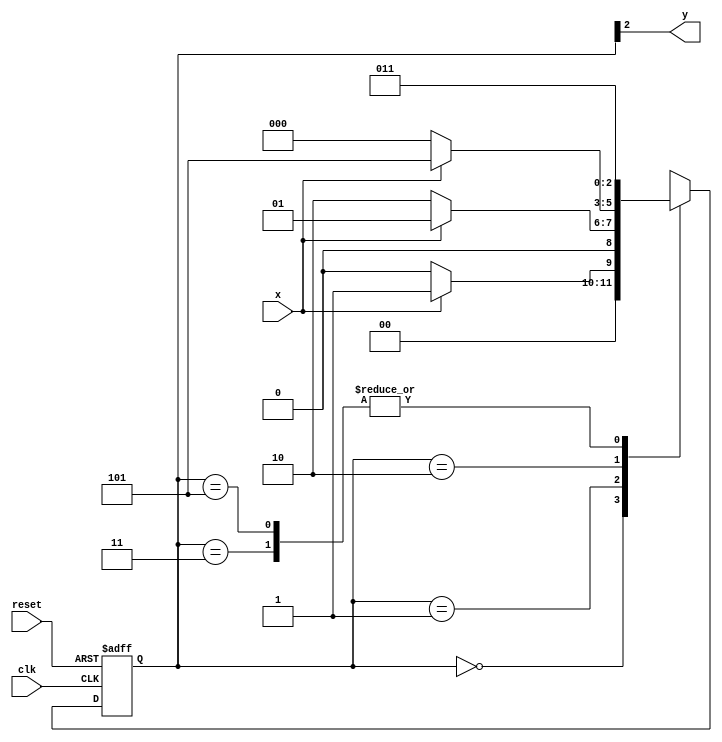
/*
Nome: Henrique Augusto Rodrigues
Matricula: 675263
Turno: Tarde
Guia 11
FSM_000or111.v
*/

// FSM

//constant definitions
`define found 1
`define notfound 0

//FSM
module fsm_101 (y, x, clk, reset);
output y;
input x;
input clk;
input reset;

reg y;

parameter    //state identifiers
start = 3'b000,
id1   = 3'b001,
id10  = 3'b010,
id101 = 3'b101, //signal found
trap  = 3'b011;

reg[2:0] E1;//current state variables
reg[2:0] E2;//next state logic output

//next state logic
always @(x or E1)
begin
  case (E1)
  start:
    if (x)
      E2 = id1;
      else
      E2 = start;
  id1:
    if (x)
      E2 = id1;
    else
      E2 = id10;
  id10:
    if(x)
      E2 = id101;
    else
      E2 = start;
  id101:
    if (x)
      E2 = trap;
    else
      E2 = trap;
  trap:
    if (x)
      E2 = trap;
    else
      E2 = trap;
  default: //undefined state
    E2 = 3'bxxx;
  endcase
end //always at signal or state changing

//state variables
always @ ( posedge clk or negedge reset )
  begin
  if (reset)
    E1=E2; //updates current state
  else
    E1=0; //reset
  end //always at signal changing

//output logic
always @ (E1)
  begin
  y=E1[2]; //first bit of state value (MOORE indicator)
end //always at state changing
endmodule //Moore_1101